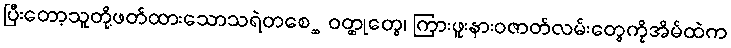
ပြီးတော့သူတို့ဖတ်ထားသောသရဲတစေ္ဆ ဝတ္ထုတွေ၊ ကြားဖူးနားဝဇာတ်လမ်းတွေကိုအိမ်ထဲက